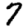
Digit: 7